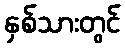
နှစ်သားတွင်